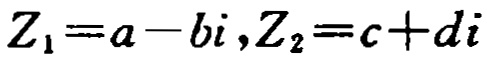
\(Z_{1}=a - bi,Z_{2}=c + di\)